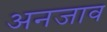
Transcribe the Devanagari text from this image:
अनजाव